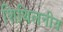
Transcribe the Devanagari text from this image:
शिथिलनीय